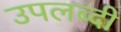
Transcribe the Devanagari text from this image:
उपलब्दी